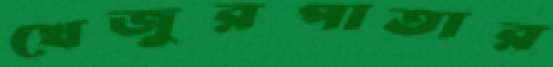
খেজুরপাতার